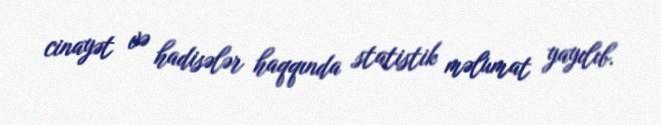
cinayət və hadisələr haqqında statistik məlumat yayılıb.